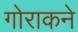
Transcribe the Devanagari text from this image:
गोराकने